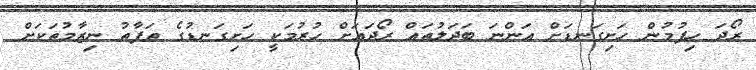
ރޯދަ ހިފުމުން ހަށިގަނޑަށް އަންނަ ބަދަލުތައް ރޯދައަށް ހުރުމަކީ ހަށިގަނޑުގެ ތަފާތު ނިޒާމުތަކަށް